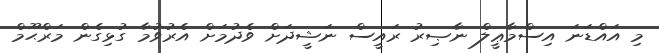
މި އައްޑަނަ އިސްމާޢީލް ނާޞިރު ރައީސް ނަޝީދަށް ވެދުމަށް އެރުވުމާ ގުޅިގެން މަރްޙޫމް